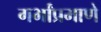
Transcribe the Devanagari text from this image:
गर्भांप्रमाणे